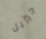
جيزيل